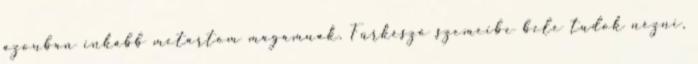
azonban inkább metartom magamnak. Fürkésző szemeibe bele tudok nézni,